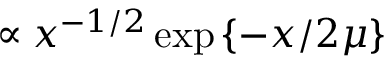
\propto x ^ { - 1 / 2 } \exp \left\{ - x / 2 \mu \right\}